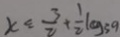
x \leq \frac { 3 } { 2 } + \frac { 1 } { 2 } \log 3 9